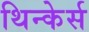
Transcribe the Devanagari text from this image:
थिन्केर्स